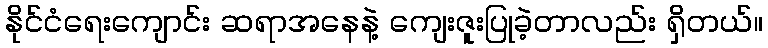
နိုင်ငံရေးကျောင်း ဆရာအနေနဲ့ ကျေးဇူးပြုခဲ့တာလည်း ရှိတယ်။